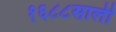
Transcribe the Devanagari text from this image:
१६८८साली